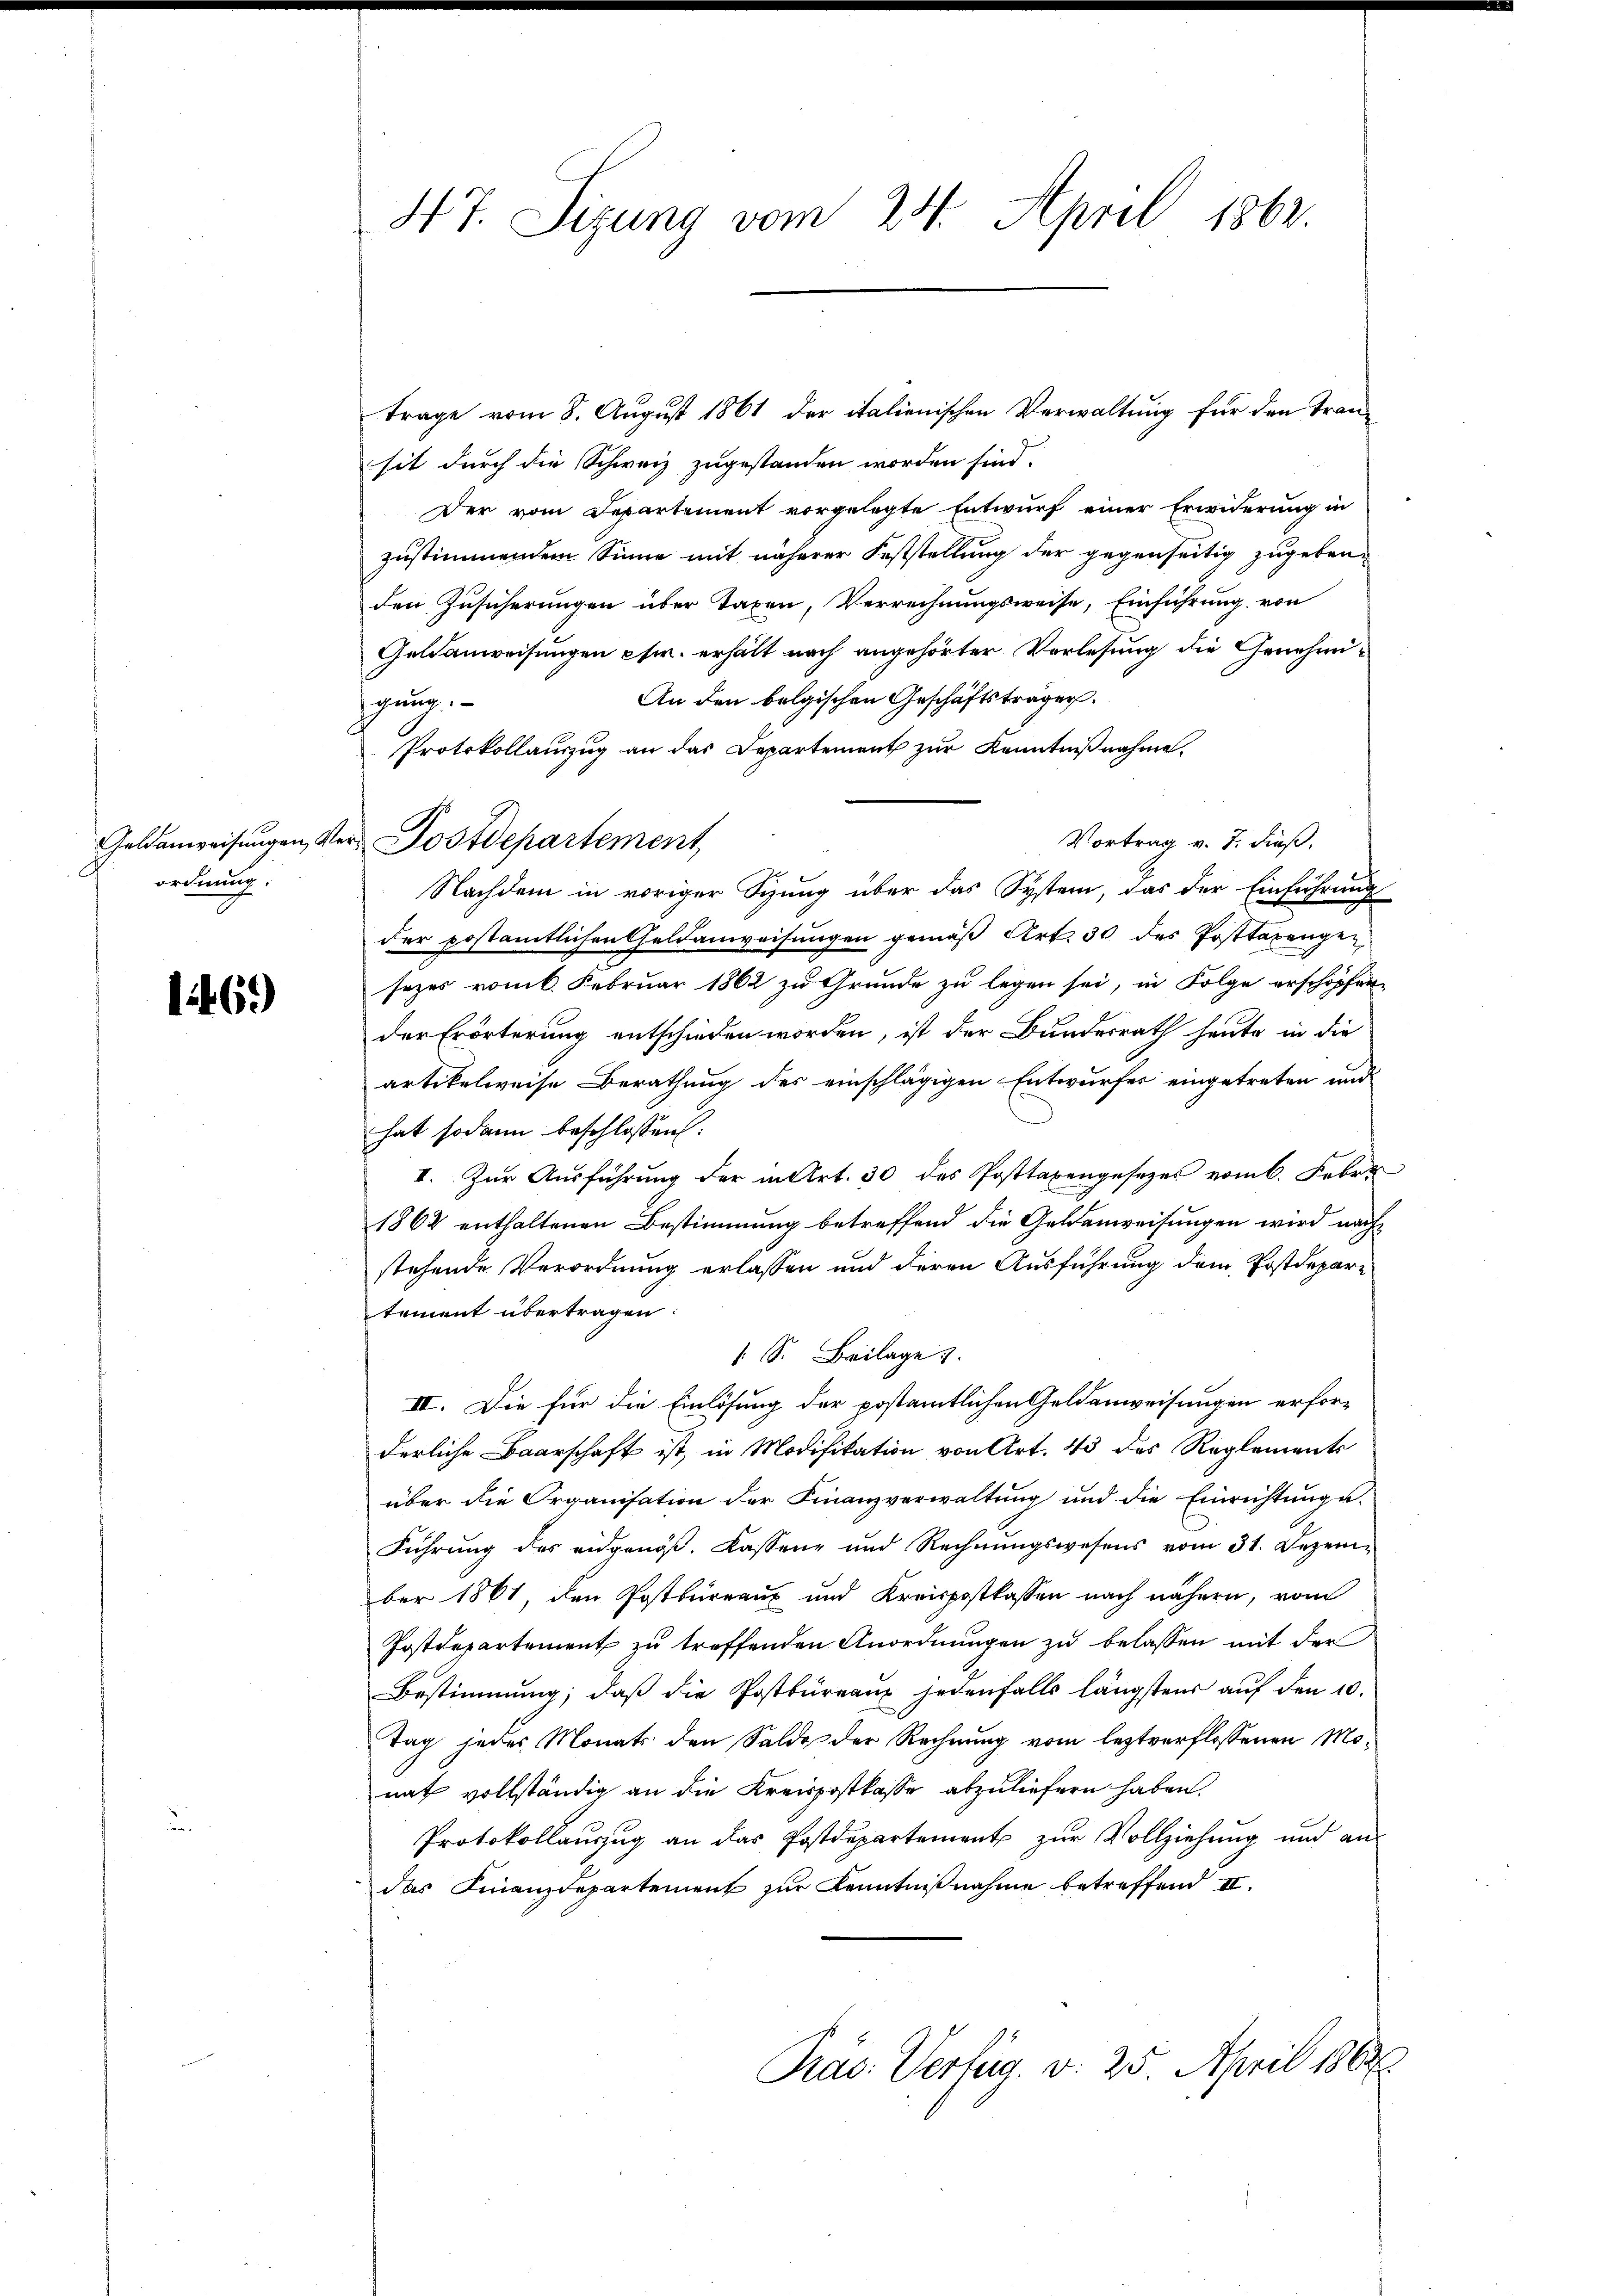
Geldanweisungen, de
ordnung.

1469)

47. Sizung vom 24. April 1862.

trage vom 8. August 1861 der italienischen Verwaltung für den Transit durch die Schweiz zugestanden worden sind.
Der vom Departement vorgelegte Entwurf einer Erwiderung in
zustimmendem Sinne mit näherer Feststellung der gegenseitig zugebenden Zusicherungen über Taxen, Verrechnungsweise, Einführung von
Geldanweisungen w. erhält nach angehörter Vorlesung die Genehmi-
An den belgischen Geschäftsträger.
gung
Protokollauszug an das Departement zur Kenntnißnahme.
Vortrag v. J. dieß.
Nachdem in voriger Sitzung über das System, das der Einführung
der postamtlichen Geldanweisungen gemäß Art. 30 des Posttarengen
sezes vom 6. Februar 1862 zu Grunde zu legen sei, in Folge erschöpfen,
der Erörterung entschieden worden, ist der Bundesrath heute in die
artikelweise Berathung des einschlägigen Entwurfes eingetreten und
hat sodann beschlossen:
II. Zur Ausführung der in Art. 30 des Posttaxengesezes vom 6. Febr.
1862 enthaltenen Bestimmung betreffend die Geldenweisungen wird nach
stehende Verordnung erlassen und deren Ausführung dem Postdepartement übertragen:
 S. Beilage
III. Die für die Einlösung der postamtlichen Geldenweisungen erforderliche Baarschaft ist, in Modifikation von Art. 43 des Reglements
über die Organisation der Finanzverwaltŭng und die Einrichtŭnge-
Führung des eidgenös. Kassene und Rechnŭngswesens vom 31. Dezem-
ber 1861, den Postbureaus und Kreispostkassen nach nähern, vom
Postdepartement zŭ treffenden Anordnŭngen zŭ belassen mit der
Bestimmung, daß die Postbüreaux jedenfalls längstens auf den 10.
Tag jedes Monats den Saldo der Rechnung vom leztverflossenen Monat vollständig an die Kreispostkasse abzuliefern haben.
Protokollauszug an das Postdepartement zur Vollziehung und an-
das Finanzdepartement zur Kenntnißnahme betreffend II.
Präs. Verfüg. v. 25. April 1882

Postdepartement,